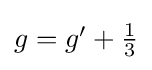
{\textstyle g=g'+{\frac {1}{3}}}